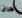
هباء